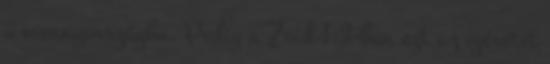
a mennyországba. Pedig a Zsid 1:3-ban ezt az ígéretet